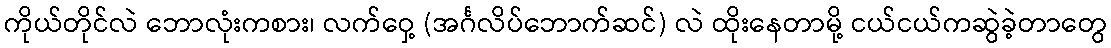
ကိုယ်တိုင်လဲ ဘောလုံးကစား၊ လက်ဝှေ့ (အင်္ဂလိပ်ဘောက်ဆင်) လဲ ထိုးနေတာမို့ ငယ်ငယ်ကဆွဲခဲ့တာတွေ